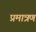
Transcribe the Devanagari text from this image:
प्रमात्रण